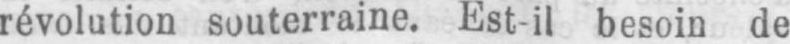
révolution souterraine. Est-il besoin de